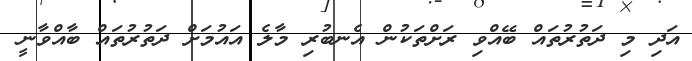
އަދި މި ދަތުުރުތައް ބޭއްވި ރަށްތަކުން އެނބުރި މާލެ އައުމަށް ދަތުރުތައް ބާއްވާނީ